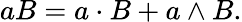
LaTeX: aB=a\cdot B+a\wedge B.